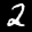
Label: 2